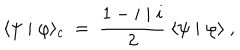
LaTeX: \langle \psi \mid \varphi \rangle _ { c } ~ = ~ \frac { 1 - i \mid i } { 2 } ~ \langle \psi \mid \varphi \rangle ~ ,